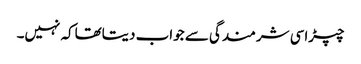
چپڑاسی شرمندگی سے جواب دیتاتھاکہ نہیں۔